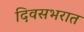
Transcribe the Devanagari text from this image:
दिवसभरात